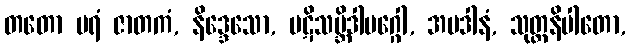
တတော ပရံ ဇာတကံ, နိဒ္ဒေသော, ပဋိသမ္ဘိဒါမဂ္ဂေါ, အပဒါနံ, သုတ္တနိပါတော,